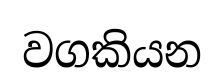
වගකියන